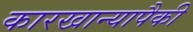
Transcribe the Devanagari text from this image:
कारखान्यापैकी